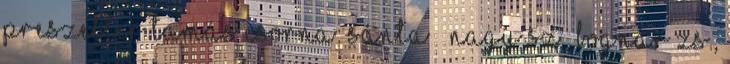
Preszeller Tamás Csorna: Sánta – Nagy Sz., Bognár Zs.,